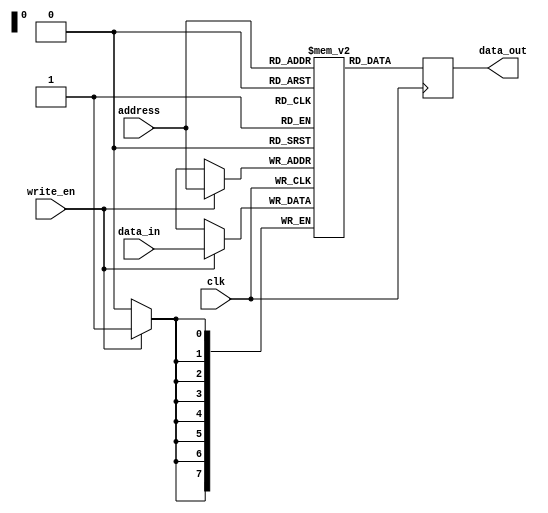
module MRAM (
    input wire clk,
    input wire write_en,
    input wire [7:0] address,
    input wire [7:0] data_in,
    output reg [7:0] data_out
);

reg [7:0] memory [0:255]; // Define memory array with 256 memory cells

always @(posedge clk) begin
    if(write_en) begin
        memory[address] <= data_in;
    end
    data_out <= memory[address];
    
end

endmodule